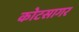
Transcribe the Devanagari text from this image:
कोटसागर